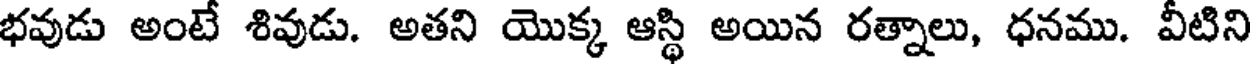
భవుడు అంటే శివుడు. అతని యొక్క ఆస్థి అయిన రత్నాలు, ధనము. వీటిని